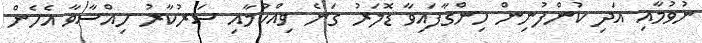
ނުވުމާއި އަދި ކުންފުނިން ހިންގާފައިވާ ޑޮލަރު ގަނެ ވިއްކުމާއި ސަރުކާރު ހިއްސާވާ އެހެން